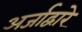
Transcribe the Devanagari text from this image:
अर्जाद्वारे